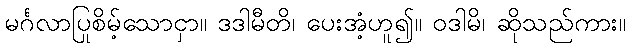
မင်္ဂလာပြုစိမ့်သောငှာ။ ဒဒါမီတိ၊ ပေးအံ့ဟူ၍။ ဝဒါမိ၊ ဆိုသည်ကား။